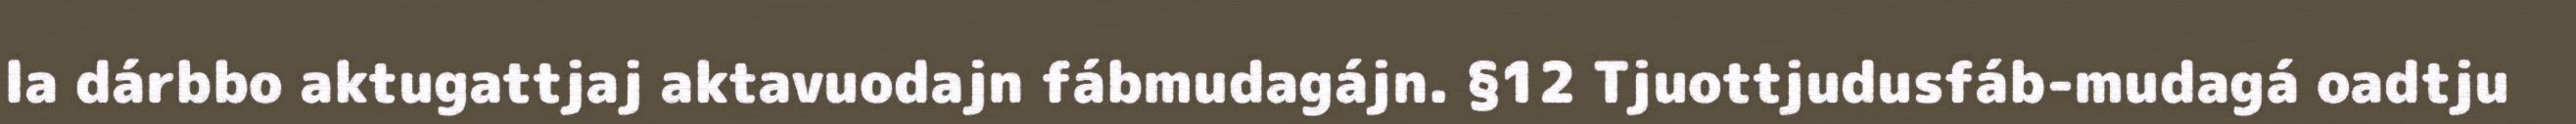
la dárbbo aktugattjaj aktavuodajn fábmudagájn. §12 Tjuottjudusfáb-mudagá oadtju